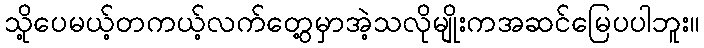
သို့ပေမယ့်တကယ့်လက်တွေ့မှာအဲ့သလိုမျိုးကအဆင်မြေပပါဘူး။